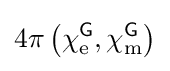
4\pi \left(\chi _{\text{e}}^{\textsf {G}},\chi _{\text{m}}^{\textsf {G}}\right)